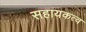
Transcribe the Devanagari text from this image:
सहायकत्व